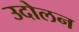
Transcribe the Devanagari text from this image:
उदोलन